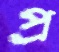
প্র